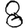
Digit: 8